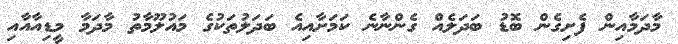
މާދަމާއިން ފެށިގެން ބޮޑު ބަދަލެއް ގެންނާނެ ކަމަށާއިއެ ބަދަލުތަކުގެ މައުލޫމާތު މާދަމާ މީޑިއާއާއި